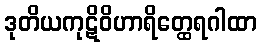
ဒုတိယကုဋိဝိဟာရိတ္ထေရဂါထာ